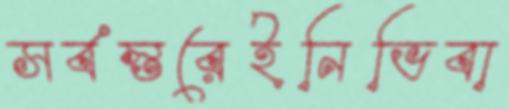
সর্বস্তরেইনিভিবা